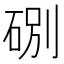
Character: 𥒻